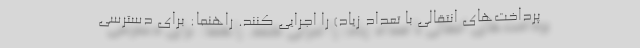
پرداخت‌های انتقالی با تعداد زیاد) را اجرایی کنند. راهنما: برای دسترسی